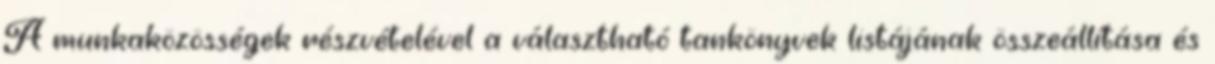
A munkaközösségek részvételével a választható tankönyvek listájának összeállítása és